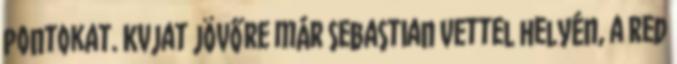
pontokat. Kvjat jövőre már Sebastian Vettel helyén, a Red